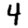
Digit: 4